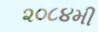
૨૦૮૪મી